Report of the Indian Hemp Drugs Commission, 1894-1895 - Volume VI
Year: 1894
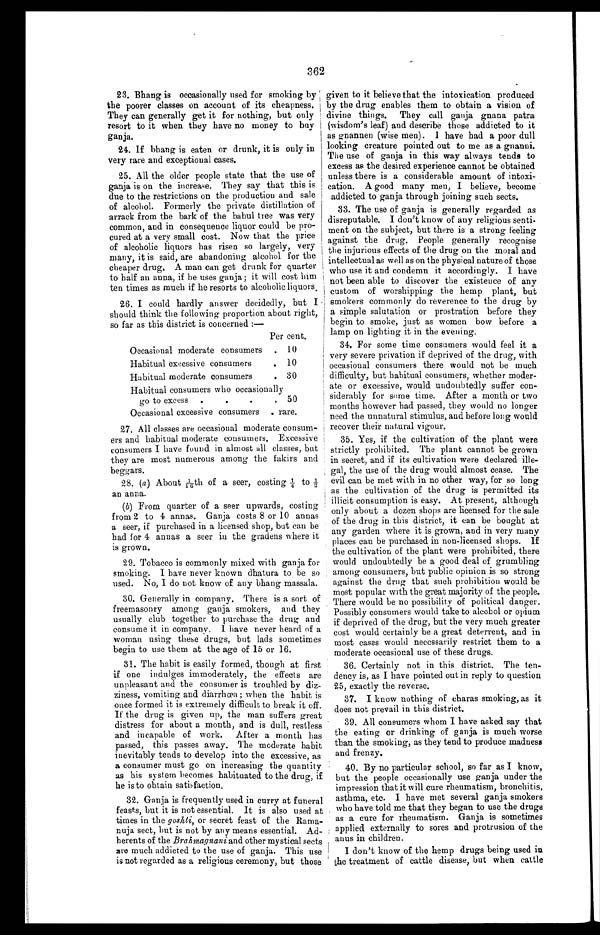
362
23. Bhang is occasionally used for smoking by
the poorer classes on account of its cheapness.
They can generally get it for nothing, but only
resort to it when they have no money to buy
ganja.
24. If bhang is eaten or drunk, it is only in
very rare and exceptional cases.
25. All the older people state that the use of
ganja is on the increase. They say that this is
due to the restrictions on the production and sale
of alcohol. Formerly the private distillation of
arrack from the bark of the babul tree was very
common, and in consequence liquor could be pro-
cured at a very small cost. Now that the price
of alcoholic liquors has risen so largely, very
many, it is said, are abandoning alcohol for the
cheaper drug. A man can get drunk for quarter
to half an anna, if he uses ganja ; it will cost him
ten times as much if he resorts to alcoholic liquors.
26. I could hardly answer decidedly, but I
should think the following proportion about right,
so far as this district is concerned :—
Per cent.
Occasional moderate consumers
10
Habitual excessive consumers
10
Habitual moderate consumers
30
Habitual consumers who occasionally
g o t o e x c e s s
50
Occasional excessive consumers
rare.
27. All classes are occasional moderate consum-
ers and habitual moderate consumers. Excessive
consumers I have found in almost all classes, but
they are most numerous among the fakirs and
beggars.
28. (a) About 1/16th of a seer, costing 1/4 to
1/2 an anna.
(b) From quarter of a seer upwards, costing
from 2 to 4 annas. Ganja costs 8 or 10 annas
a seer, if purchased in a licensed shop, but can be
had for 4 annas a seer in the gradens where it
is grown.
29. Tobacco is commonly mixed with ganja for
smoking. I have never known dhatura to be so
used. No, I do not know of any bhang massala.
30. Generally in company. There is a sort of
freemasonry among ganja smokers, and they
usually club together to purchase the drug and
consume it in company. I have never heard of a
woman using these drugs, but lads sometimes
begin to use them at the age of 15 or 16.
given to it believe that the intoxication produced
by the drug enables them to obtain a vision of
divine things. They call ganja gnana patra
(wisdom's leaf) and describe those addicted to it
as gnannen (wise men). I have had a poor dull
looking creature pointed out to me as a gnanni.
The use of ganja in this way always tends to
excess as the d esired experience cannot be obtained
unless there is a considerable amount of intoxi-
cation. A good many men, I believe, become
addicted to ganja through joining such sects.
33. The use of ganja is generally regarded as
disreputable. I don't know of any religious senti-
ment on the subject, but there is a strong feeling
against the drug. People generally recognise
the injurious effects of the drug on the moral and
intellectual as well as on the physical nature of those
who use it and condemn it accordingly. I have
not been able to discover the existence of any
custom of worshipping the hemp plant, but
smokers commonly do reverence to the drug by
a simple salutation or prostration before they
begin to smoke, just as women bow before a
lamp on lighting it in the evening.
34. For some time consumers would feel it a
very severe privation if deprived of the drug, with
1 occasional consumers there would not be much
difficulty, but habitual consumers, whether moder-
ate or excessive, would undoubtedly suffer con-
siderably for some time. After a month or two
months however had passed, they would no longer
need the unnatural stimulus, and before long would
recover their natural vigour.
35. Yes, if the cultivation of the plant were
strictly prohibited. The plant cannot be grown
in secret, and if its cultivation were declared ille-
gal, the use of the drug would almost cease. The
evil can be met with in no other way, for so long .
as the cultivation of the drug is permitted its
illicit consumption is easy. At present, although
only about a dozen shops are licensed for the sale
of the drug in this district, it can be bought at
any garden where it is grown, and in very many
places can be purchased in non-licensed shops. If
the cultivation of the plant were prohibited, there
would undoubtedly be a good deal of grumbling
among consumers, but public opinion is so strong
against the drug that such prohibition would be
most popular with the great majority of the people.
There would be no possibility of political danger.
Possibly consumers would take to alcohol or opium
if deprived of the drug, but the very much greater
cost would certainly be a great deterrent, and in
most cases would necessarily restrict them to a
moderate occasional use of these drugs.
31. The habit is easily formed, though at first
if one indulges immoderately, the effects are
unpleasant and the consumer is troubled by diz-
ziness, vomiting and diarrhœa ; when the habit is
once formed it is extremely difficult to break it off.
If the drug is given up, the man suffers great
distress for about a month, and is dull, restless
and incapable of work. After a month has
passed, this passes away. The moderate habit
inevitably tends to develop into the excessive, as
a consumer must go on increasing the quantity
as his system becomes habituated to the drug, if
he is to obtain satisfaction.
32. Ganja is frequently used in curry at funeral
feasts, but it is not essential. It is also used at
times in the goshti, or secret feast of the Rama-
nuja sect, but is not by any means essential. Ad-
herents of the Brahmagnani and other mystical sects
are much addicted to the use of ganja. This use
is not regarded as a religious ceremony, but those
36. Certainly not in this district. The ten-
dency is, as I have pointed out in reply to question
25, exactly the reverse.
37. I know nothing of charas smoking, as it
does not prevail in this district.
39. All consumers whom I have asked say that
the eating or drinking of ganja is much worse
than the smoking, as they tend to produce madness
and frenzy.
40. By no particular school, so far as I know,
but the people occasionally use ganja under the
impression that it will cure rheumatism, bronchitis,
asthma, etc. I have met several ganja smokers
who have told me that they began to use the drugs
as a cure for rheumatism. Ganja is sometimes
applied externally to sores and protrusion of the
anus in children.
I don't know of the hemp drugs being used in
the treatment of cattle disease, but when cattle